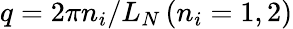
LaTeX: q=2\pi n_{i}/L_{N}\, (n_{i}=1,2)